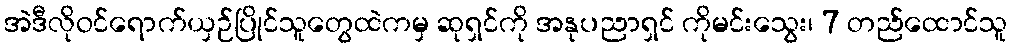
အဲဒီလိုဝင်ရောက်ယှဉ်ပြိုင်သူတွေထဲကမှ ဆုရှင်ကို အနုပညာရှင် ကိုမင်းသွေး၊ 7 တည်ထောင်သူ